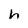
Character: h